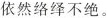
依然络绎不绝。